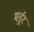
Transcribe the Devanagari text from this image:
मर्ड्रर